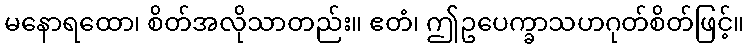
မနောရထော၊ စိတ်အလိုသာတည်း။ ဧတံ၊ ဤဥပေက္ခာသဟဂုတ်စိတ်ဖြင့်။